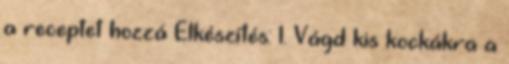
a receptet hozzá Elkészítés: 1. Vágd kis kockákra a